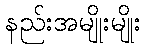
နည်းအမျိုးမျိုး